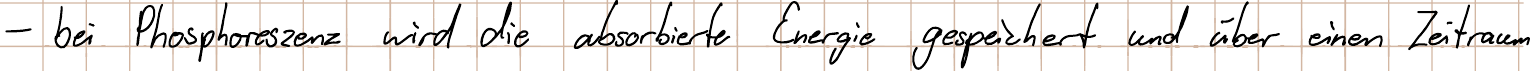
- bei Phosphoreszenz wird die absorbierte Energie gespeichert und über einen Zeitraum